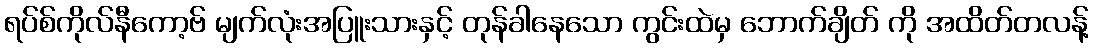
ရပ်စ်ကိုလ်နီကော့ဗ် မျက်လုံးအပြူးသားနှင့် တုန်ခါနေသော ကွင်းထဲမှ ဘောက်ချိတ် ကို အထိတ်တလန့်